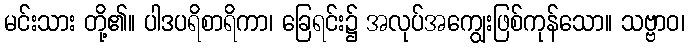
မင်းသား တို့၏။ ပါဒပရိစာရိကာ၊ ခြေရင်း၌ အလုပ်အကျွေးဖြစ်ကုန်သော။ သဗ္ဗာဝ၊